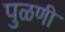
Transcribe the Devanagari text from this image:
पुळणी